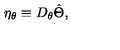
\eta _ { \theta } \equiv D _ { \theta } \hat { \Theta } ,